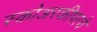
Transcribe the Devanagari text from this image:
स्कोअरकीपरचे